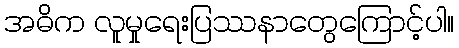
အဓိက လူမှုရေးပြဿနာတွေကြောင့်ပါ။